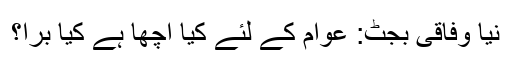
نیا وفاقی بجٹ: عوام کے لئے کیا اچھا ہے کیا برا؟